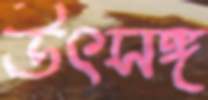
উৎসঙ্গ